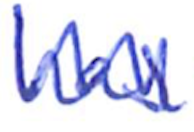
Text: has
Cross-out: mix
Writing tool: ballpoint